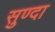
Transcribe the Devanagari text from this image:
सुण्दा